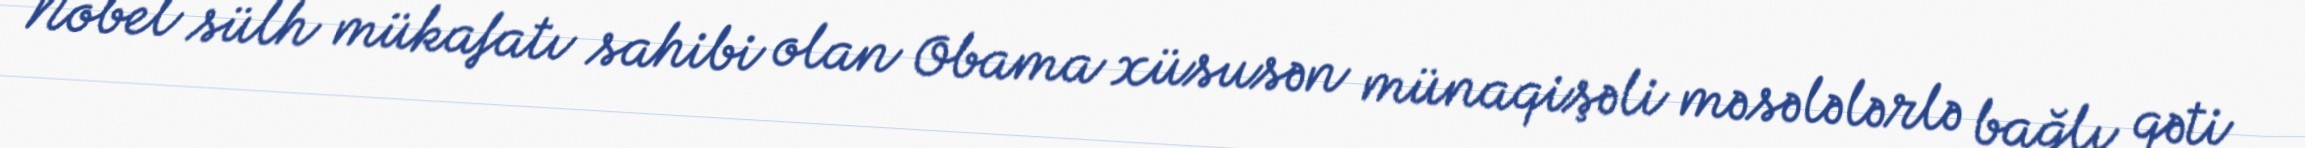
Nobel sülh mükafatı sahibi olan Obama xüsusən münaqişəli məsələlərlə bağlı qəti